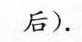
后).